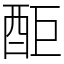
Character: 䣰